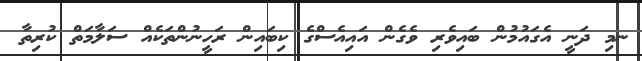
ނމި ދަނީ އެގައުމުން ބައިވެރި ވެގެން އައިއެސްގެ ކިބައިން ރަހީނުންތަކެއް ސަލާމަތް ކުރިތާ